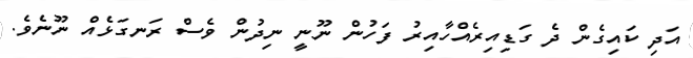
އަދި ކައިގެން ދެ ގަޑިއިރެއްހާއިރު ފަހުން ނޫނީ ނިދުން ވެސް ރަނގަޅެއް ނޫނެވެ.